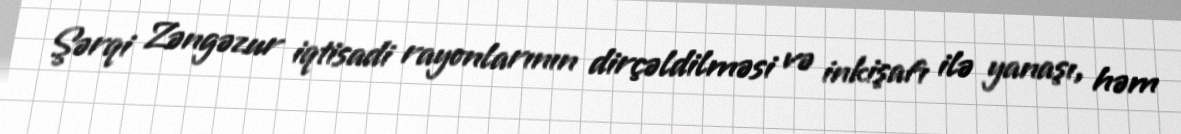
Şərqi Zəngəzur iqtisadi rayonlarının dirçəldilməsi və inkişafı ilə yanaşı, həm